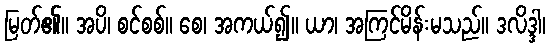
မြတ်၏။ အပိ၊ စင်စစ်။ စေ၊ အကယ်၍။ ယာ၊ အကြင်မိန်းမသည်။ ဒလိဒ္ဒါ၊